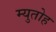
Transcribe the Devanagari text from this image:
म्युतोह